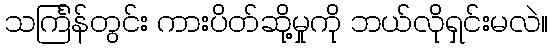
သင်္ကြန်တွင်း ကားပိတ်ဆို့မှုကို ဘယ်လိုရှင်းမလဲ။